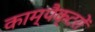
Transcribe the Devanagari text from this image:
काम्पैक्टरों